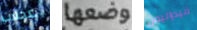
عجلات وضعها فيدراليون